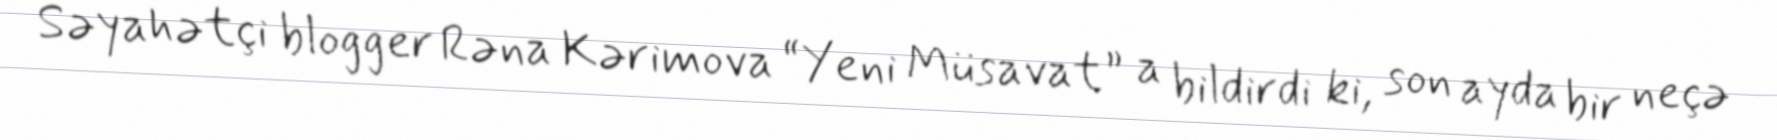
Səyahətçi blogger Rəna Kərimova “Yeni Müsavat” a bildirdi ki, son ayda bir neçə